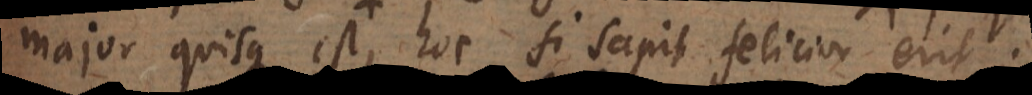
major quisque est, hoc si sapit felicior erit